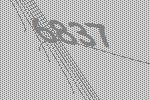
6837